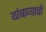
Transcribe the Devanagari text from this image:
थांबण्याची